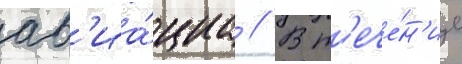
ав'иа́циа // В т'ече́н'ие